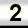
Digit: 2